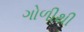
ગોળીથી